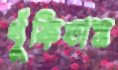
ধুঁকিতাম